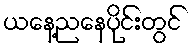
ယနေ့ညနေပိုင်းတွင်